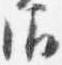
御